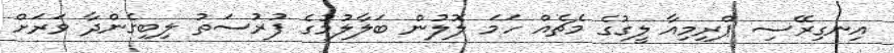
އިނގިރޭސި ޕްރިމިއާ ލީގުގެ މެޗެއް ހަމަ ލޮލުން ބަލާލުމުގެ ފުރުސަތު ލިބިގެންދާ ވަރަށް